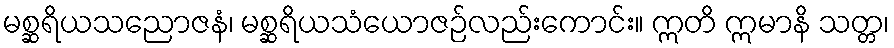
မစ္ဆရိယသညောဇနံ၊ မစ္ဆရိယသံယောဇဉ်လည်းကောင်း။ ဣတိ ဣမာနိ သတ္တ၊